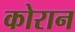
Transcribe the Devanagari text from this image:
कोरान